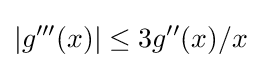
|g'''(x)|\leq 3g''(x)/x